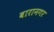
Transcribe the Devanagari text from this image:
बारानगर